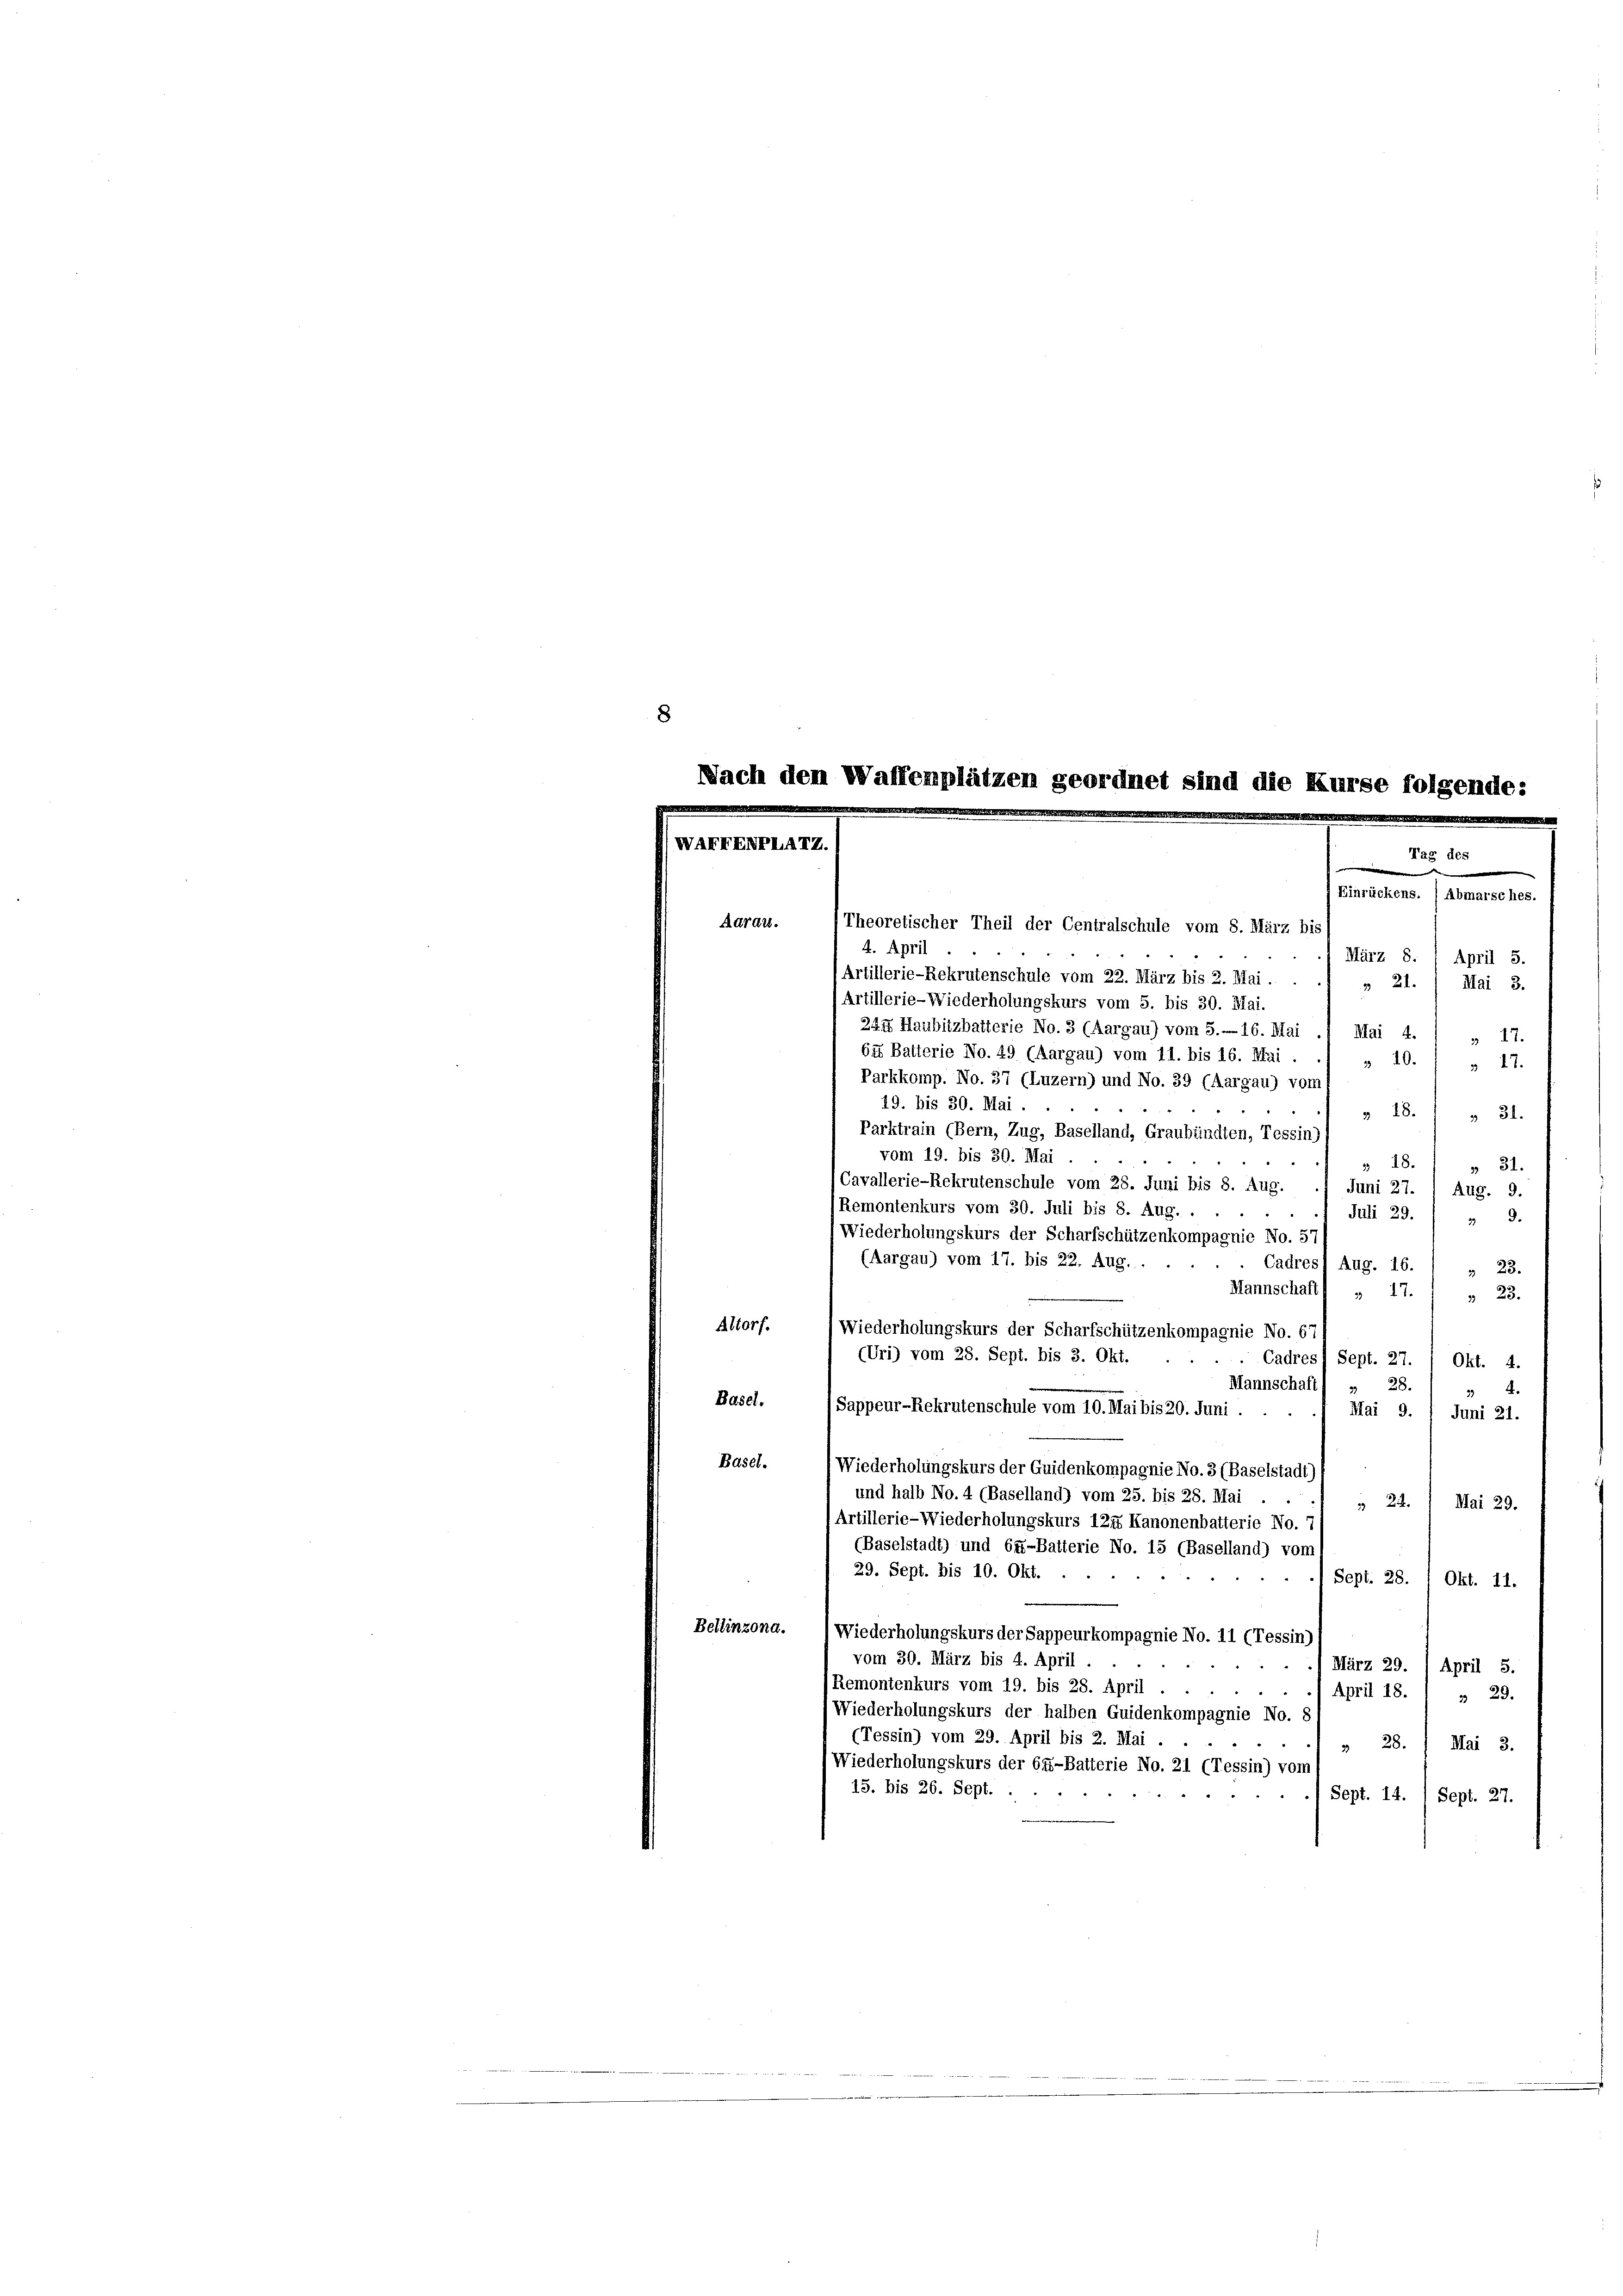
LEFENPLAI

Einrückens. ) Abmarsches.
Theoretischer Theil der Centralschule vom 8. März bis
4. April
März 8.
Artillerie-Rekrutenschule vom 22. März bis 2. Mai . .
3 21.
Artillerie-Wiederholungskurs vom 5. bis 30. Mai.
244 Haubitzbatterie No. 3 (Aargau) vom 5.—16. Mai .1 Mai 4.
 47
bis Batterie No. 49 (Aargau) vom 11. bis 16. Mai
310.
 17.
Parkkomp. No. 37 (Luzern) und No. 39 (Aargau) vom
19. bis 30. Mai.
» 18.
 31.
Parktrain (Bern, Zug, Baselland, Graubünden, Tessin)
vom 19. bis 30. Mai.
318.
 31.
Cavallerie-Rekrutenschule vom 28. Juni bis 8. Aug.
Juni 27. 1 Aug. 9.
Remontenkurs vom 30. Juli bis 8. Aug. .
Juli 29.
9.
37
Wiederholungskurs der Scharfschützenkompagnie No. 5
(Aargau) vom 17. bis 22. Aug.
Cadresl Aug. 16.
 23.
Mannschaft . 17. " " 23.
Altorf.
Wiederholungskurs der Scharfschützenkompagnie No. 67
(Uri) vom 28. Sept. bis 3. Okt.
Cadres Sept. 27. / Okt. 4.
Mannschaft
28.
33
34.
Basel.
(Sappeur-Rekrutenschule vom 10. Mai bis 20. Juni.
Mai 9.
Juni 21.
Basel.
Wiederholungskurs der Guidenkompagnie No. 3 (Baselstadt)
und halb No. 4 (Baselland) vom 25. bis 28. Mai
Mai 29.
 22.
Artillerie-Wiederholungskurs 124 Kanonenbatterie No. 7
(Baselstadt) und 64-Balterie No. 15 (Baselland) vom
29. Sept. bis 10. Okt.
Sept. 28.
Okt. 11.
Bellinzona.
Wiederholungskurs der Sappeurkompagnie No. 11 (Tessin)
vom 30. März bis 4. April.
März 29. April 5.
Remontenkurs vom 19. bis 28. April
April 18.
3 29.
Wiederholungskurs der halben Guidenkompagnie No. 8
(Tessin) vom 29. April bis 2. Mai .
 28.
Mai 3.
Wiederholungskurs der 65-Batterie No. 21 (Tessin) vom
15. bis 26. Sept.
Sept. 14. / Sept. 27.

Aaraus.

lätzen

et sind die E

April 5.
Mai 3.